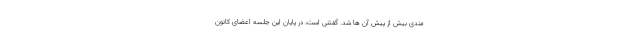
مندی بیش از پیش آن ها شد. گفتنی است، در پایان این جلسه اعضای کانون